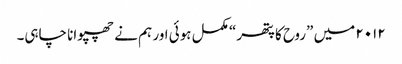
۲۰۱۲ میں ”روح کا پتھر“ مکمل ہوئی اور ہم نے چھپوانا چاہی۔